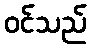
ဝင်သည်